Eesti_Vabariigi_Tartu_Ulikool, lk 5
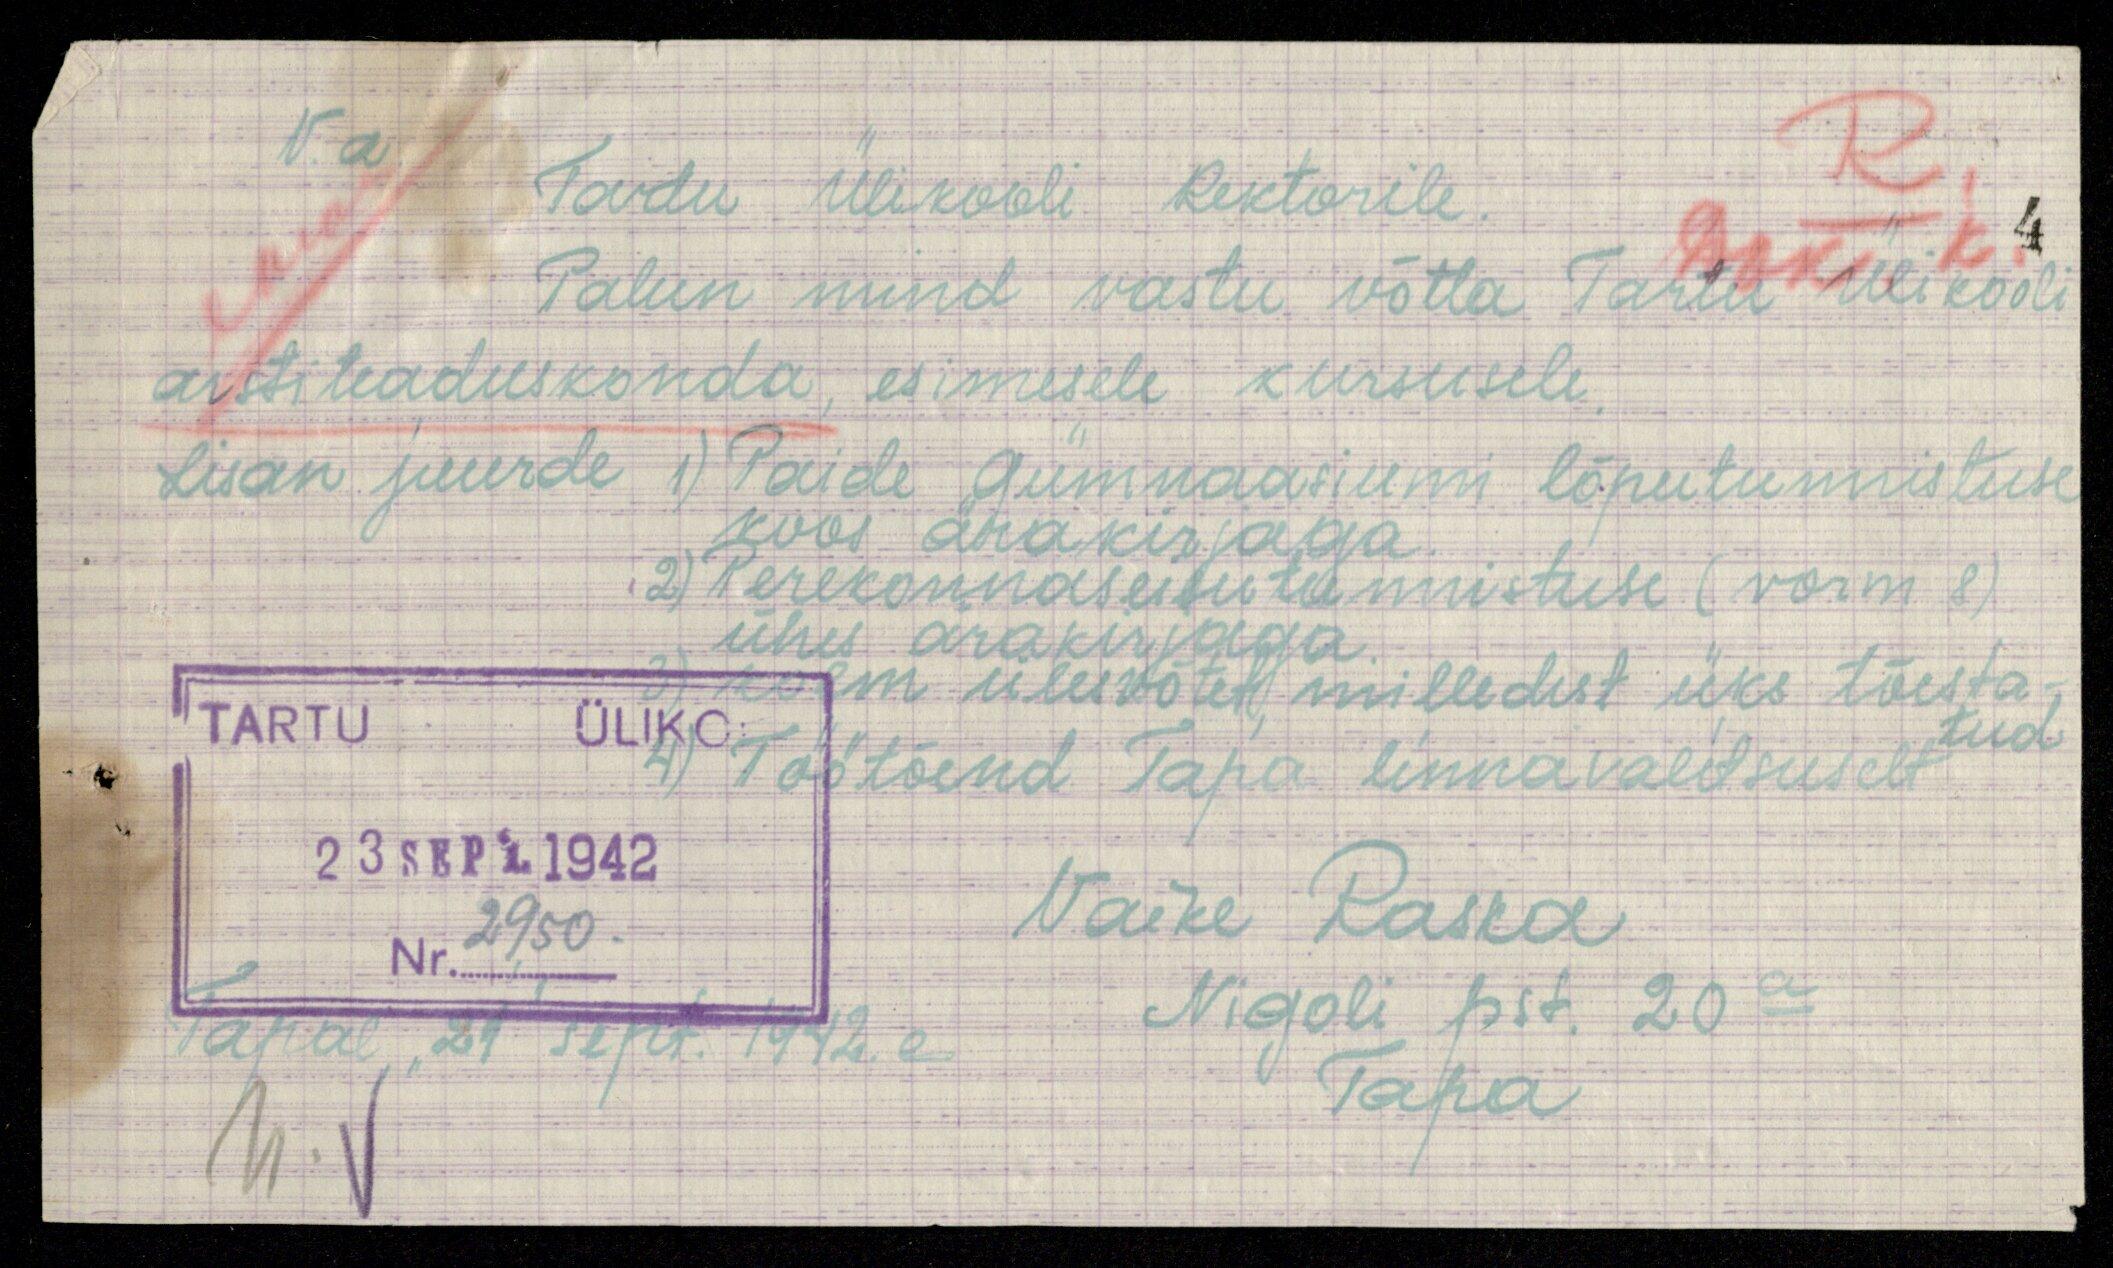
R.
V.a
Tartu Ülikooli Rektorile.
Palun mind vastu võtta Tartu Ülikooli
arstiteaduskonda, esimesele kursusele.
Lisan juurde 1) Paide Gümnaasiumi lõputunnistuse
koos ärakirjaga.
2) Perekonnaseisutunnistuse (vorm 8)
ühes ärakirjaga.
TARTU ÜLIKO
23 SEPT. 1942
Nr. 2950.
3) kolm ülesvõtet, milledest üks tõesta-
tud
4) Töötõend Tapa linnavalitsuselt
Vaike Raska
Nigoli pst. 20a
Tapa
Tapal 21 sept. 1942. a.